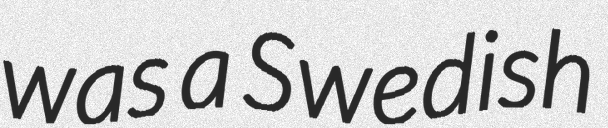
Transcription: was a Swedish